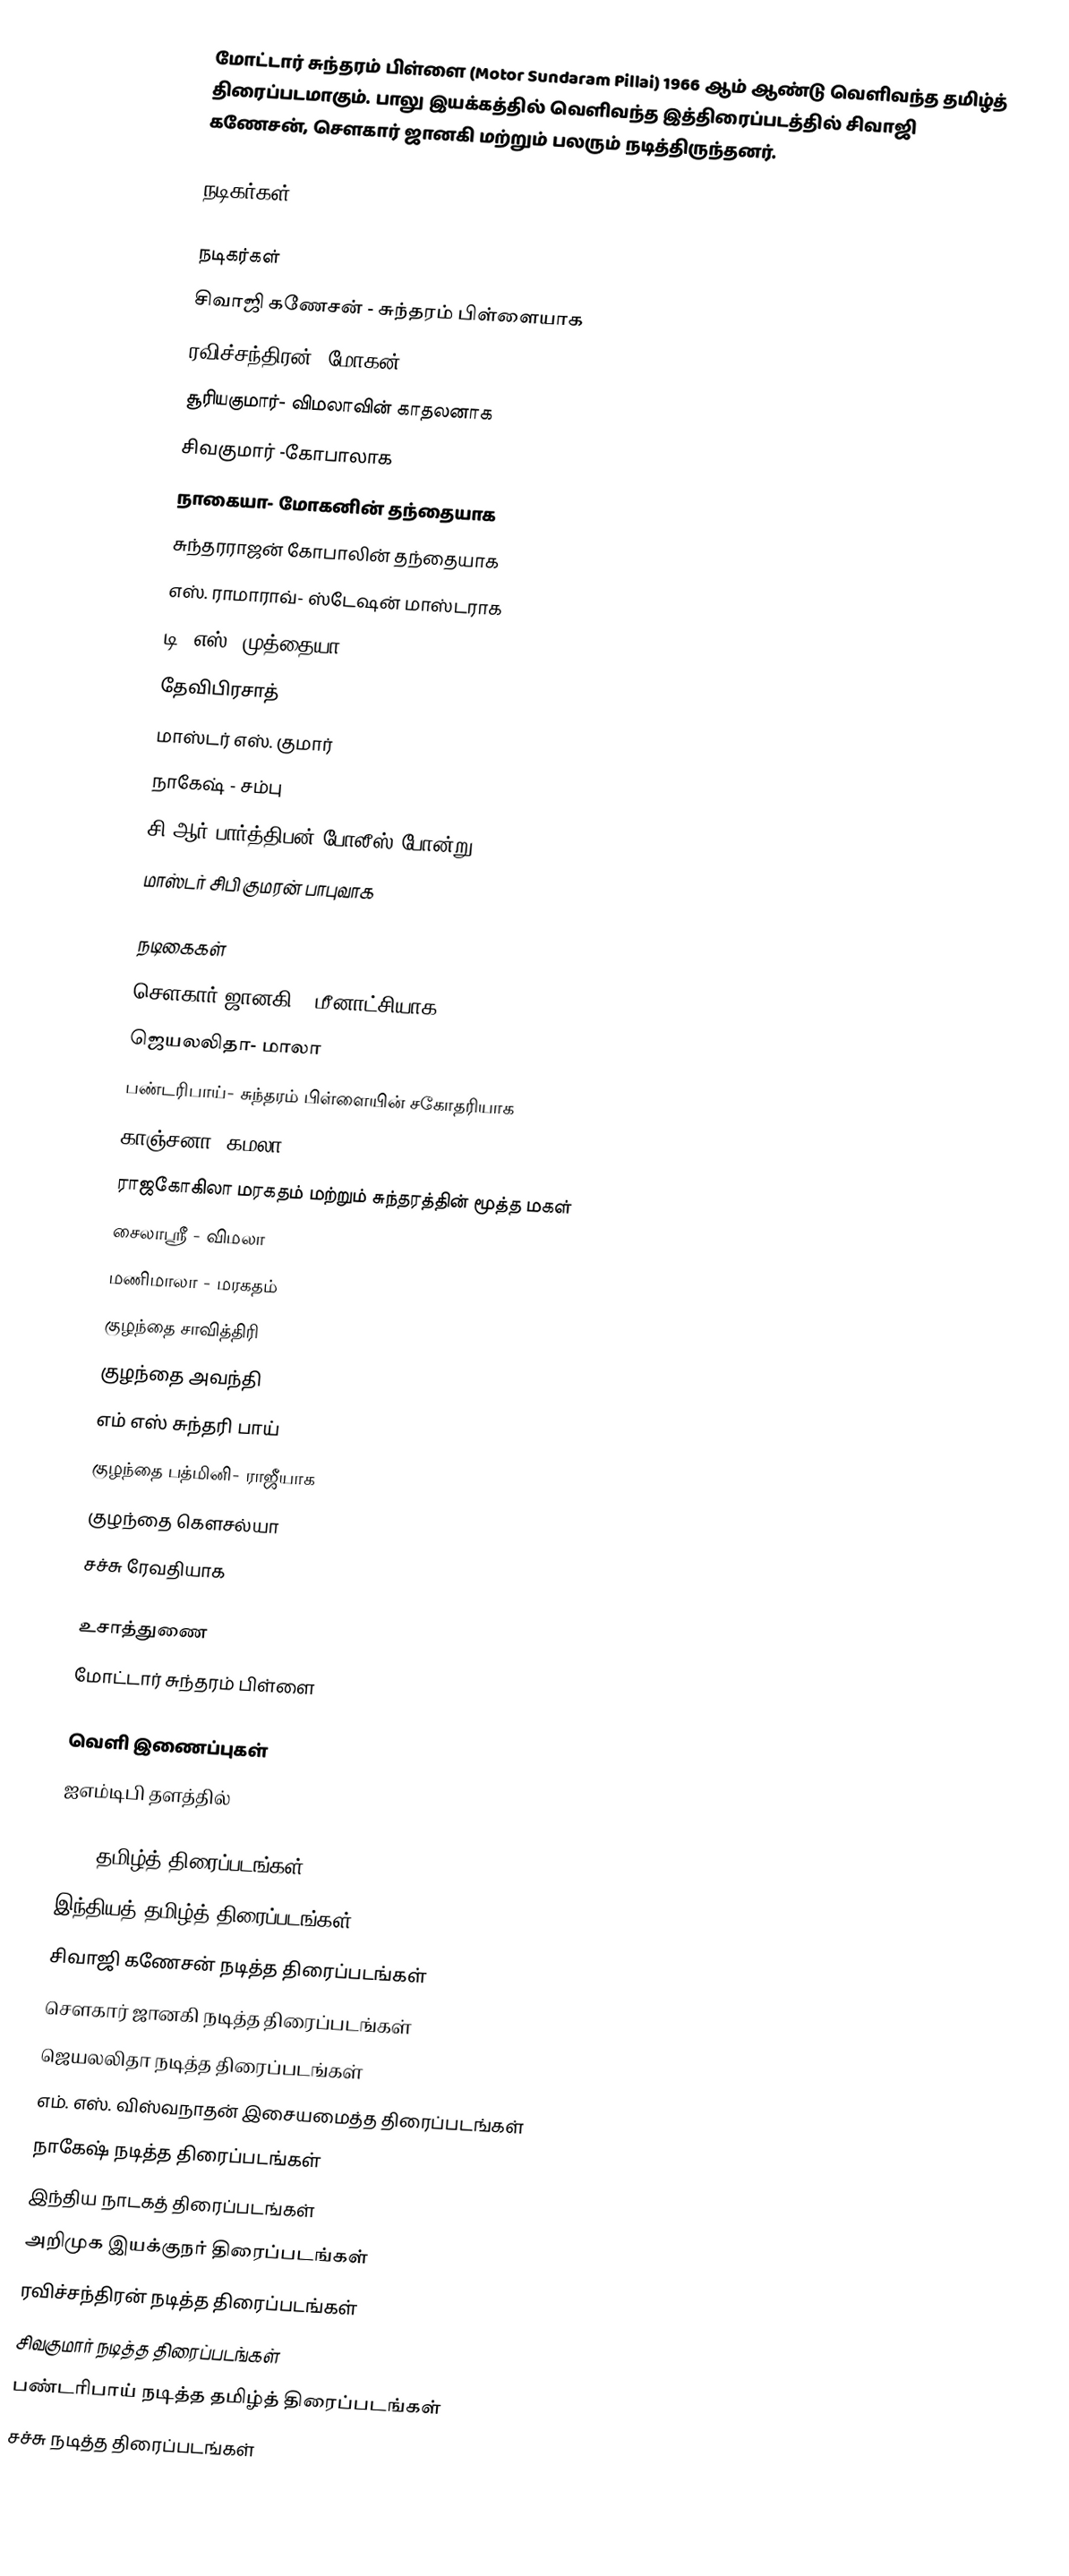
மோட்டார் சுந்தரம் பிள்ளை (Motor Sundaram Pillai) 1966 ஆம் ஆண்டு வெளிவந்த தமிழ்த் திரைப்படமாகும். பாலு இயக்கத்தில் வெளிவந்த இத்திரைப்படத்தில் சிவாஜி கணேசன், சௌகார் ஜானகி மற்றும் பலரும் நடித்திருந்தனர்.

நடிகர்கள்

நடிகர்கள்
 சிவாஜி கணேசன் - சுந்தரம் பிள்ளையாக
 ரவிச்சந்திரன்- மோகன்
 சூரியகுமார்- விமலாவின் காதலனாக
 சிவகுமார் -கோபாலாக
 நாகையா- மோகனின் தந்தையாக
 சுந்தரராஜன் கோபாலின் தந்தையாக
 எஸ். ராமாராவ்- ஸ்டேஷன் மாஸ்டராக
 டி. எஸ். முத்தையா
 தேவிபிரசாத்
 மாஸ்டர் எஸ். குமார்
 நாகேஷ் - சம்பு
 சி.ஆர் பார்த்திபன் போலீஸ் போன்று
 மாஸ்டர் சிபி குமரன் பாபுவாக

நடிகைகள்
 சௌகார் ஜானகி - மீனாட்சியாக
 ஜெயலலிதா- மாலா
 பண்டரிபாய்- சுந்தரம் பிள்ளையின் சகோதரியாக
 காஞ்சனா- கமலா
 ராஜகோகிலா மரகதம் மற்றும் சுந்தரத்தின் மூத்த மகள்
 சைலாஸ்ரீ - விமலா
 மணிமாலா - மரகதம்
 குழந்தை சாவித்திரி
 குழந்தை அவந்தி
 எம் எஸ் சுந்தரி பாய்
 குழந்தை பத்மினி- ராஜீயாக
 குழந்தை கௌசல்யா
 சச்சு ரேவதியாக

உசாத்துணை
 மோட்டார் சுந்தரம் பிள்ளை

வெளி இணைப்புகள்
 ஐஎம்டிபி தளத்தில்

1966 தமிழ்த் திரைப்படங்கள்
இந்தியத் தமிழ்த் திரைப்படங்கள்
சிவாஜி கணேசன் நடித்த திரைப்படங்கள்
சௌகார் ஜானகி நடித்த திரைப்படங்கள்
ஜெயலலிதா நடித்த திரைப்படங்கள்
எம். எஸ். விஸ்வநாதன் இசையமைத்த திரைப்படங்கள்
நாகேஷ் நடித்த திரைப்படங்கள்
இந்திய நாடகத் திரைப்படங்கள்
அறிமுக இயக்குநர் திரைப்படங்கள்
ரவிச்சந்திரன் நடித்த திரைப்படங்கள்
சிவகுமார் நடித்த திரைப்படங்கள்
பண்டரிபாய் நடித்த தமிழ்த் திரைப்படங்கள்
சச்சு நடித்த திரைப்படங்கள்